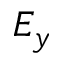
E _ { y }